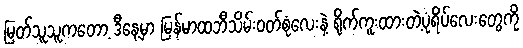
မြတ်သူသူကတော့ ဒီနေ့မှာ မြန်မာထဘီသိမ်းဝတ်စုံလေးနဲ့ ရိုက်ကူးထားတဲ့ပုံရိပ်လေးတွေကို